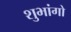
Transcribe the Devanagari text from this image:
शुभांगो